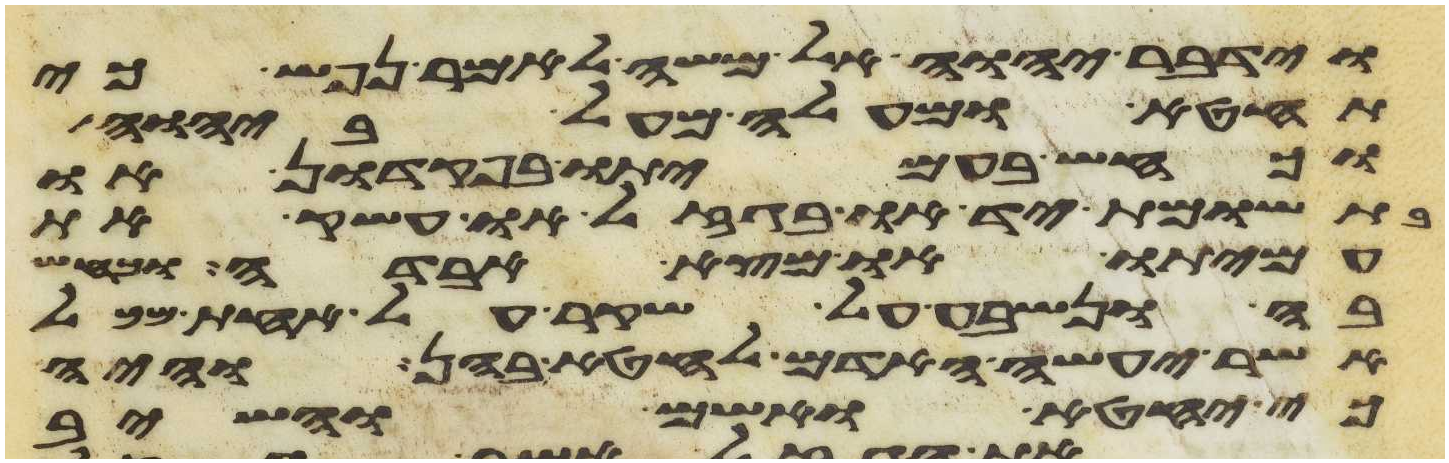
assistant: וידבר יהוה אל משה לאמר נפש כי
תחטא ומעלה מעל ביהוה
וכחש בעמיתו בפקדון או
בתשומת יד או בגזל או עשק את
עמיתו או מצא אבדה וכחש
בה ונשבע על שקר על אחת מכל
אשר יעשה האדם לחטא בהן והיה
כי יחטא ואשם והשיב